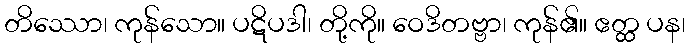
တိဿော၊ ကုန်သော။ ပဋိပဒါ၊ တို့ကို။ ဝေဒိတဗ္ဗာ၊ ကုန်၏။ ဧတ္ထ ပန၊